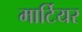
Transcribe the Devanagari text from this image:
मार्टियर